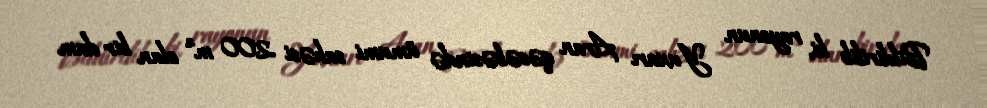
Bildirilib ki, rayonun Yuxarı Aran qəsəbəsində ümumi sahəsi 200 m² olan bir dam